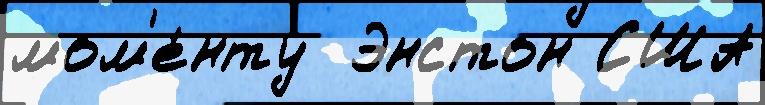
мом'е́нту  Энстон США